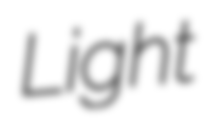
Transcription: Light